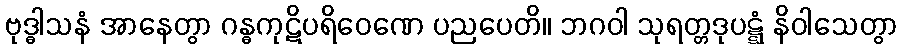
ဗုဒ္ဓါသနံ အာနေတွာ ဂန္ဓကုဋိပရိဝေဏေ ပညပေတိ။ ဘဂဝါ သုရတ္တဒုပဋ္ဋံ နိဝါသေတွာ